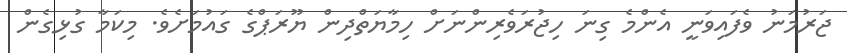
ޖަރުމަނު ވެފައިވަނީ އެންމެ ގިނަ ހިޖުރަވެރިންނަށް ހިމާޔަތްދިން ޔޫރަޕްގެ ގައުމަށެވެ. މިކަމާ ގުޅިގެން